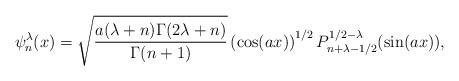
LaTeX: \begin{align*}\psi_n^{\lambda}(x)=\sqrt{\frac{a(\lambda +n)\Gamma(2\lambda+n)}{\Gamma(n+1)}}\left(\cos(ax)\right)^{1/2}P_{n+\lambda-1/2}^{1/2-\lambda}(\sin(ax)), \end{align*}